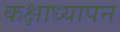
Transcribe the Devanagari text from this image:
कक्षाध्यापन